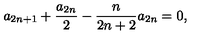
a _ { 2 n + 1 } + \frac { a _ { 2 n } } { 2 } - \frac { n } { 2 n + 2 } a _ { 2 n } = 0 ,